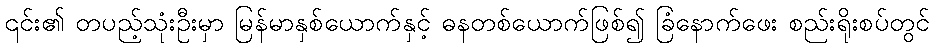
၎င်း၏ တပည့်သုံးဦးမှာ မြန်မာနှစ်ယောက်နှင့် ဓနတစ်ယောက်ဖြစ်၍ ခြံနောက်ဖေး စည်းရိုးစပ်တွင်